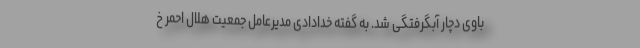
باوی دچار آبگرفتگی شد. به گفته خدادادی مدیرعامل جمعیت هلال احمر خ